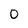
Character: O